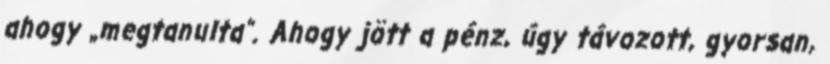
ahogy „megtanulta”. Ahogy jött a pénz, úgy távozott, gyorsan,